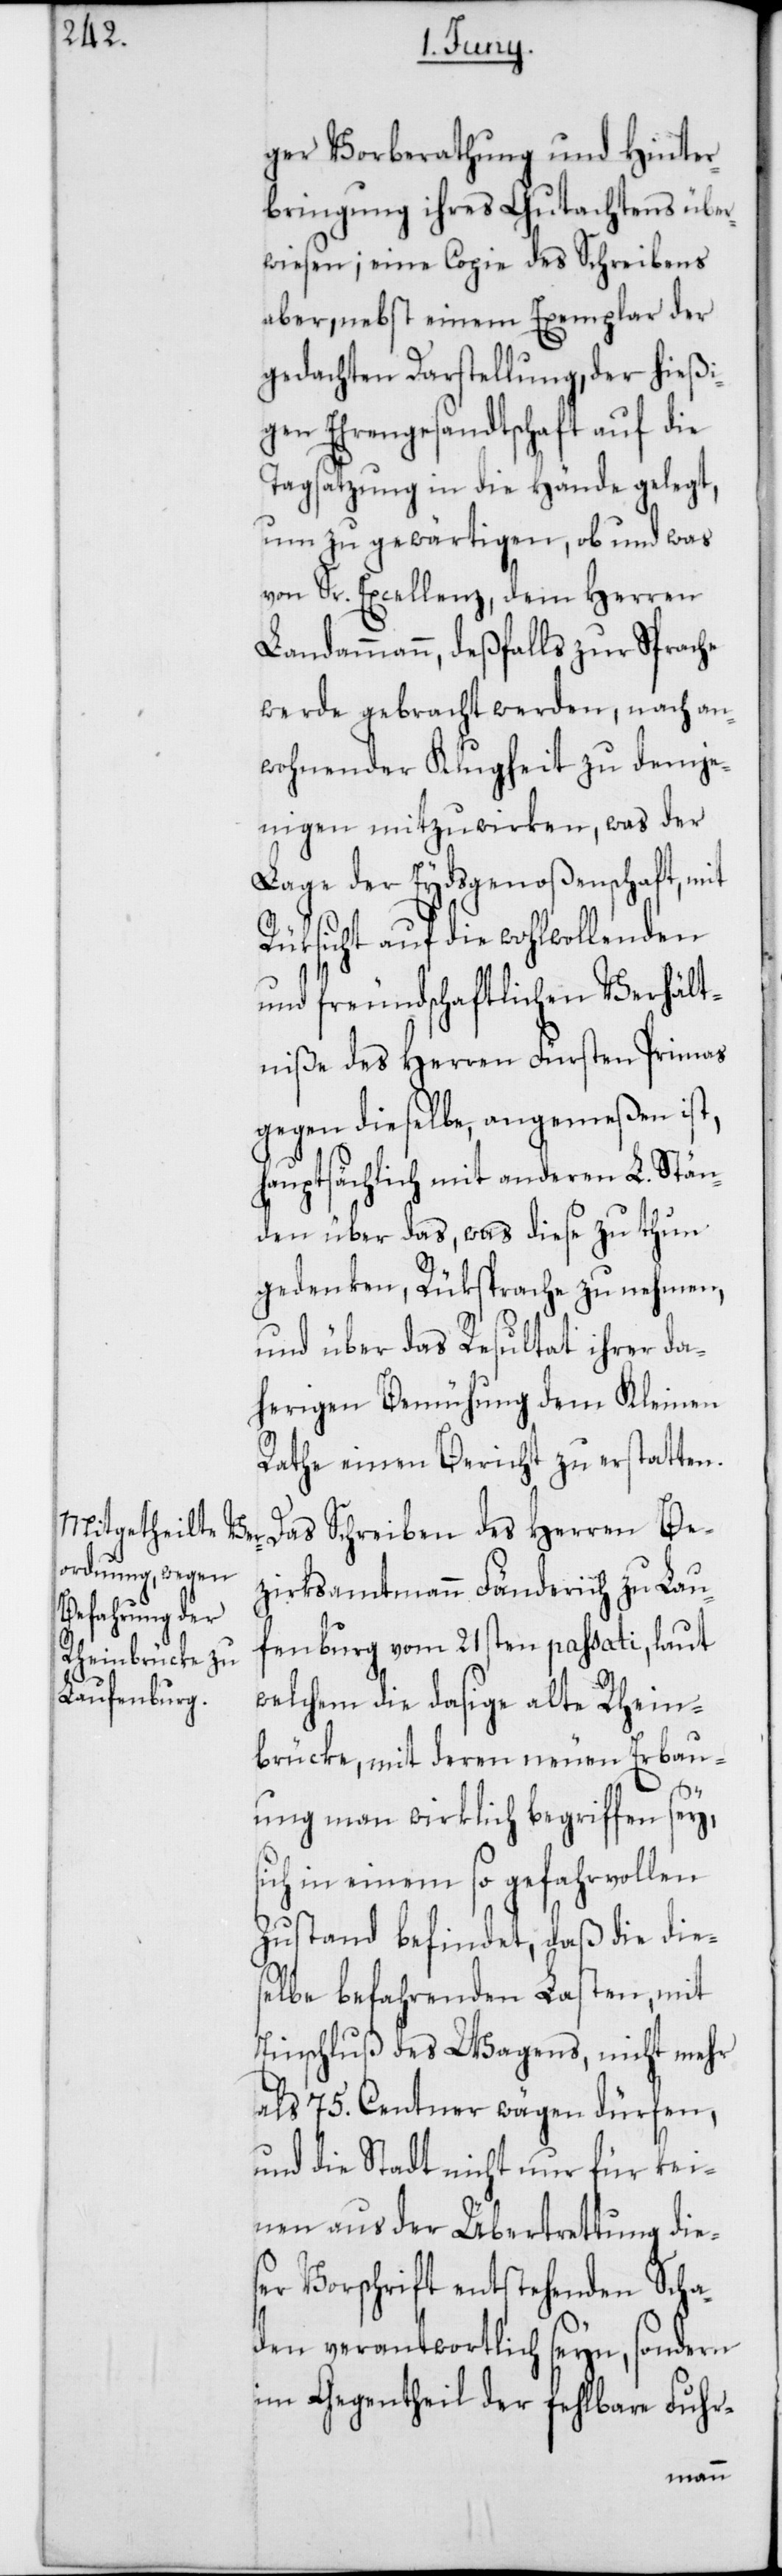
ger Vorberathung und Hinter¬
bringung ihres Gutachtens über¬
wiesen; eine Copie des Schreibens
aber, nebst einem Exemplar der
gedachten Darstellung, der hießi¬
gen Ehrengesandtschaft auf die
Tagsatzung in die Hände gelegt,
um zu gewärtigen, ob und was
von Sr. Excellenz, dem Herren
Landammann, deßfalls zur Sprache
werde gebracht werden, nach an¬
wohnender Klugheit zu demje¬
nigen mitzuwirken, was der
Lage der Eydsgenoßenschaft, mit
Rüksicht auf die wohlwollenden
und freundschaftlichen Verhält¬
niße des Herren Fürsten Primas
gegen dieselbe, angemeßen ist,
hauptsächlich mit anderen L. Stän¬
den über das, was diese zu thun
gedenken, Rüksprache zu nehmen,
und über das Resultat ihrer da¬
herigen Bemühung dem Kleinen
Rathe einen Bericht zu erstatten.
Das Schreiben des Herren Be¬
zirksammtmann Fänderich zu Lau¬
fenburg vom 21sten passati, laut
welchem die dasige alte Rhein¬
brücke, mit deren neuen Erbau¬
ung man wirklich begriffen sey,
in einem so gefahrvollen
Zustand befindet; daß die die¬
selbe befahrenden Lasten mit
Einschluß des Wagens, nicht mehr
als 75. Centner wägen dürfen,
und die Stadt nicht nur für kei¬
nen aus der Übertrettung dies¬
er Vorschrift entstehenden Scha¬
den verantwortlich seyn, sondern
im Gegentheil der fehlbare Fuhr-